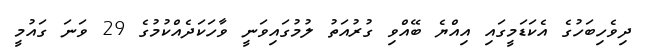
ދިވެހިބަހުގެ އެކަޑަމީގައި އިއްޔެ ބޭއްވި ގުރުއަތު ލުމުގައިވަނީ ވާހަކަދެއްކުމުގެ 29 ވަނަ ގައުމީ